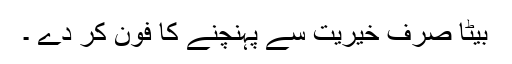
بیٹا صرف خیریت سے پہنچنے کا فون کر دے ۔